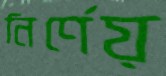
নির্ণেয়